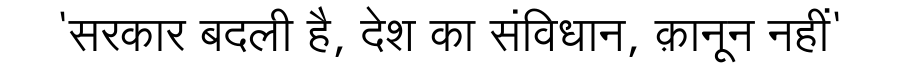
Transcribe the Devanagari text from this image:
'सरकार बदली है, देश का संविधान, क़ानून नहीं'